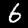
Label: 6